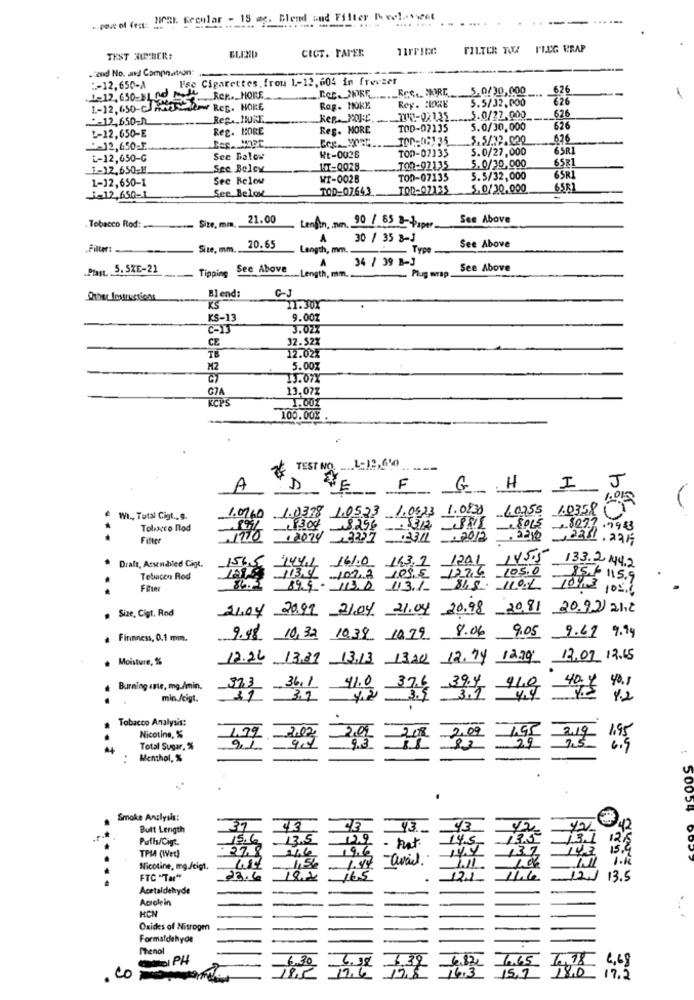
.. peut of Test: liral. Kecular - 18 ac. Blend and Filter Kvel.yweil
CICT. PAPER
FILTER TOU PLUG ERAP
TEST NUMBER:
.cond No. and Compo.it-on:
Use Cigarettes. frou 1-12,604 in freezer
"-12.650-A
I.eC. JDRF __._ Rec .. MORE 5.0/30,000
626
.1-12,650-31.00
1-12. 650-JA
Rer ... HORE
5.5/32.000
626
ow Reg. HORE
Rag. HOKE
Rey. HORE
*- 12,650-n
Rep. HURE.
.. 3.0/27,000
626
!- 12.650-E
Reg. MORE
Reg. MORE
TOD-07135
5.0/30,000
626
Reg. Unpr
100-0:135
5.5/.32.020
626
5.0/27,000
6SRI
L-12,650-G
See Balow
Wt-0028
TOD-07135
5.0/30,000
1-12,650-1
See Below
IT-0028.
TOR-92135
658
1-12,650-1
See Below
WT-0028
TOD-07135
5.5/32,000
BSR
See Below
TOD-07.643
TOD-02135
5.0/20.000
65R
J=12,650-1
21.00
See Above
Tobacco Rod:
Size, mm.
Lendin .. nm, 90 / 55 B- Paper
A
30 / 35 8-J
See Above
„Filter:
Size, mm.
20.65
Length, mm.
_ Type
A
34 / 39 B-J
Plant. S. SKE-21
Tipping See Above
Plug wrap.
See Above
Length, mm.
GJ
Blend:
KS
11.30X
KS-13
9.00Z
3.023
CE
32.52%
TÉ
12.02%
M2
5.001
13.07X
13.072
RCP
1.001
100.00%
TEST NO. .... L-12,650
A
F
G H
I
J
1.01
1.0/60 1.03.98 1.0523 1,0623 1.0830
60255
Wi ., Total Cigt .. g.
1.0358 (
Tobacco flod
13098296-33128815
REPL 28023.7983
Fitte
2070 3227 33/ 2012
.320 ,2211.225
Draft, Assenbled Cigt.
1441 141.0 163.2 1201 145.5
133.244.2
1565
109 € 177.4 105.0
Teliacen Rod
113.4 102.7
85.6 115.9
89.9 - 113.0 113.1 868. 1101 1013 1026
21.04 20.99 21.04 21.04 20.98 20,81 20.92 2112
. Size, Cigt. Rod
Firinness, 0.1 mm.
9.98 10,32 10.38 10.79 8.06
9.05 9.69 9.99
. Moisture, %%
12.26 13.37 13.13 1320 12.74 12.19 13.07 12.65
373
. Burning ante, mg./min.
36.1
41.0
39.4
min./cigt.
11 31
4.23.4 3.1 4.4 7.5 42
Tobacco Analysis:
Nicotine, %
1.79 - 20
202 -
2,09
Total Sugar, %
9.3
Menthol, %
50054
Smoke Analysis:
Buit Length
37
43
43.
ya
42
Purfis/Cigt.
15.6
12.5
129
14.5
12%
TPM (Wet)
27.8
11.6
19.6
137
14.3
1.44
7.11
1.K
Nicotine, mg.ftigt,
1,56
12
FTC "Tar"
22.6
19.2
16.5
121
11.6
13.5
Acetaldehyde
Acrolein
HON
Oxides of Nitrogen
Formaldehyde
Thenol
I PH
6.38
1.39
6.65
11.6
12,8
16.3
4.82
1.78 4,68
. Co momento
15.7
18.0 17.2